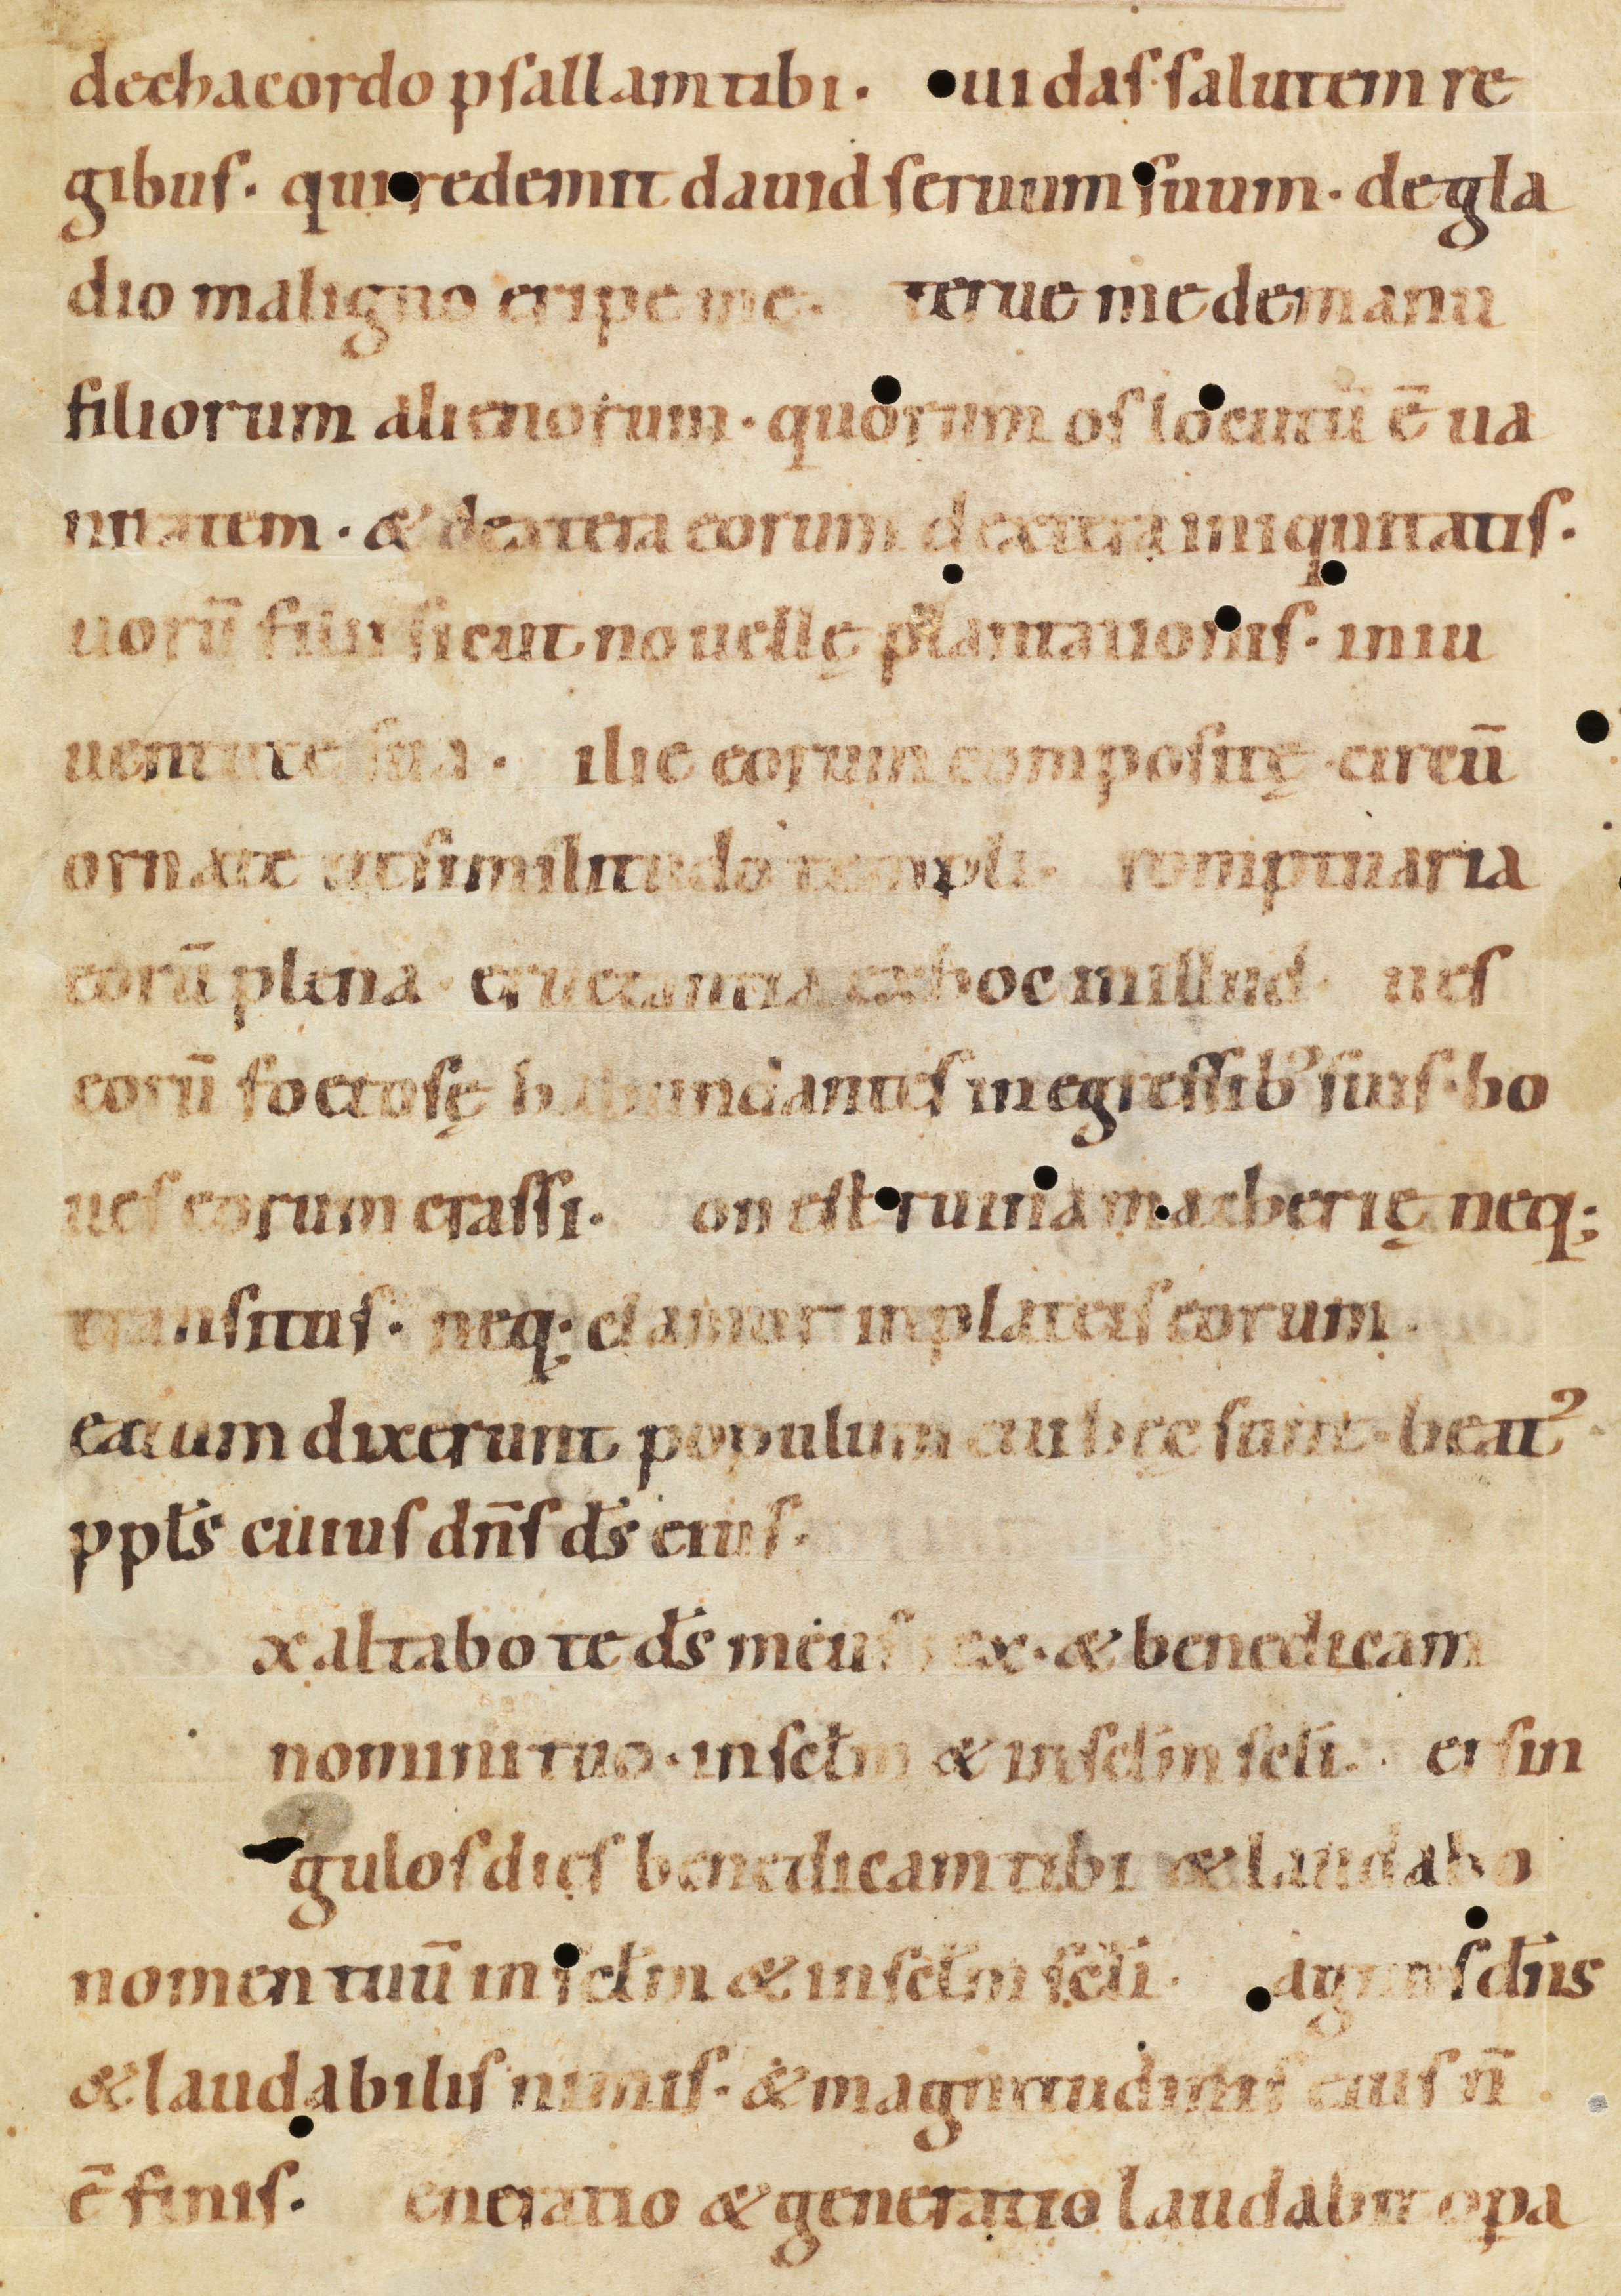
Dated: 1080–1096